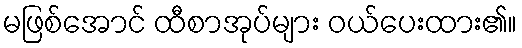
မဖြစ်အောင် ထီစာအုပ်များ ဝယ်ပေးထား၏။